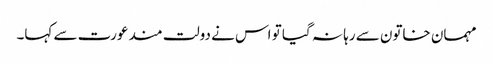
مہمان خاتون سے رہا نہ گیا تو اس نے دولت مند عورت سے کہا۔